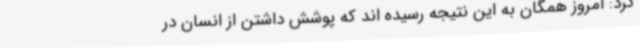
کرد: امروز همگان به این نتیجه رسیده اند که پوشش داشتن از انسان در